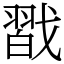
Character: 㦻